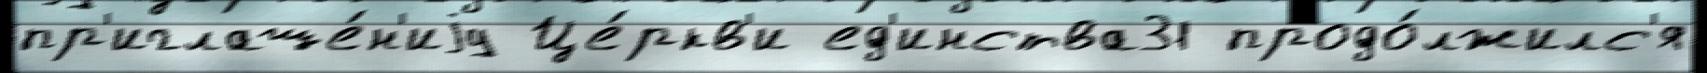
пр'иглаше́н'иjу Це́ркв'и ед'инства31 продо́лжилс'я